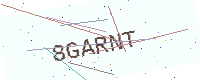
Text: 8GARNT